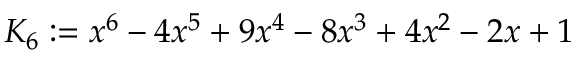
K _ { 6 } : = x ^ { 6 } - 4 x ^ { 5 } + 9 x ^ { 4 } - 8 x ^ { 3 } + 4 x ^ { 2 } - 2 x + 1